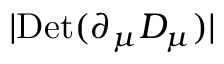
| \mathrm { D e t } ( \partial _ { \mu } D _ { \mu } ) |